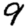
Digit: 9